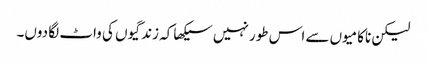
لیکن ناکامیوں سے اس طور نہیں سیکھا کہ زندگیوں کی واٹ لگا دوں۔